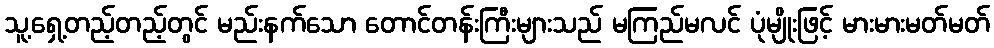
သူ့ရှေ့တည့်တည့်တွင် မည်းနက်သော တောင်တန်းကြီးများသည် မကြည်မလင် ပုံမျိုးဖြင့် မားမားမတ်မတ်